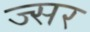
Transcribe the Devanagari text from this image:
ज्सर